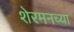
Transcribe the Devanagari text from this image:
शेरमनच्या